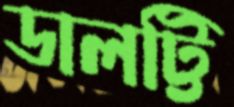
ডালট্টি